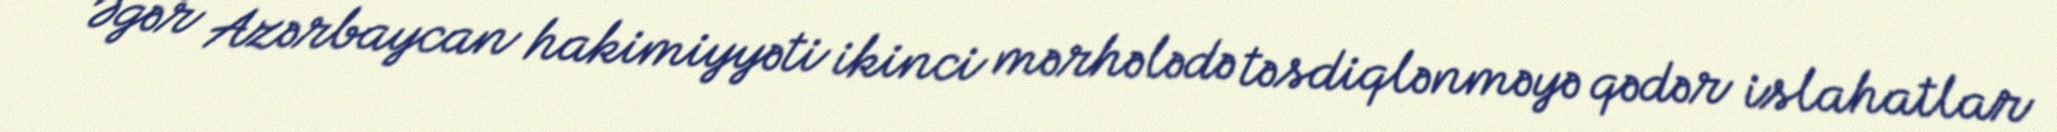
Əgər Azərbaycan hakimiyyəti ikinci mərhələdə təsdiqlənməyə qədər islahatlar